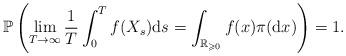
LaTeX: \begin{align*}\mathbb{P}\left(\lim_{T\to\infty}\frac{1}{T}\int_{0}^{T}f(X_{s})\mathrm{d}s=\int_{\mathbb{R}_{\geqslant0}}f(x)\pi(\mathrm{d}x)\right)=1.\end{align*}